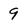
Character: 9